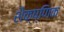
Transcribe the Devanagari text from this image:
शैक्ष्णिक